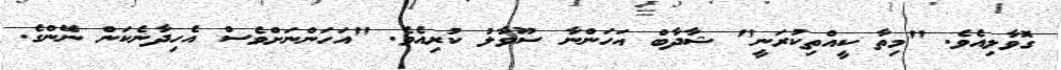
ގޮވާލިއެވެ. "މިތާ ކީއްތިކުރަނީ" ޝާދާބް އަހަންނާ ސޫވާލު ކުރިއެވެ. "އަހަންނަށްވެސް އެހިދާނެކަން ނޭންގެ.